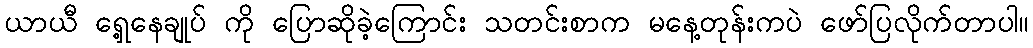
ယာယီ ရှေ့နေချုပ် ကို ပြောဆိုခဲ့ကြောင်း သတင်းစာက မနေ့တုန်းကပဲ ဖော်ပြလိုက်တာပါ။